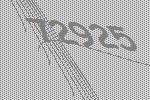
72925